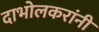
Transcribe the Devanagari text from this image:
दाभोलकरांनी